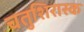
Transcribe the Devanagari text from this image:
चतुशिरास्क